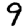
Digit: 9